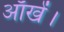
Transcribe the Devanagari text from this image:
आँखें।